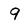
Character: 9